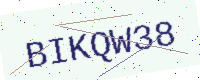
Text: BIKQW38